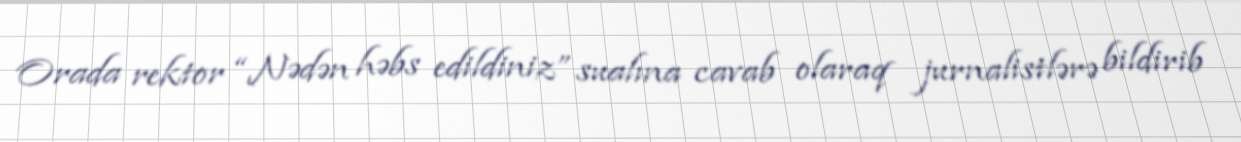
Orada rektor “Nədən həbs edildiniz” sualına cavab olaraq jurnalistlərə bildirib